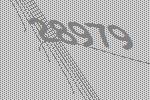
28979